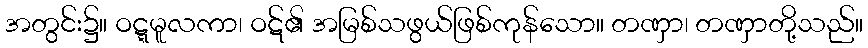
အတွင်း၌။ ဝဋ္ဋမူလကာ၊ ဝဋ်၏ အမြစ်သဖွယ်ဖြစ်ကုန်သော။ တဏှာ၊ တဏှာတို့သည်။